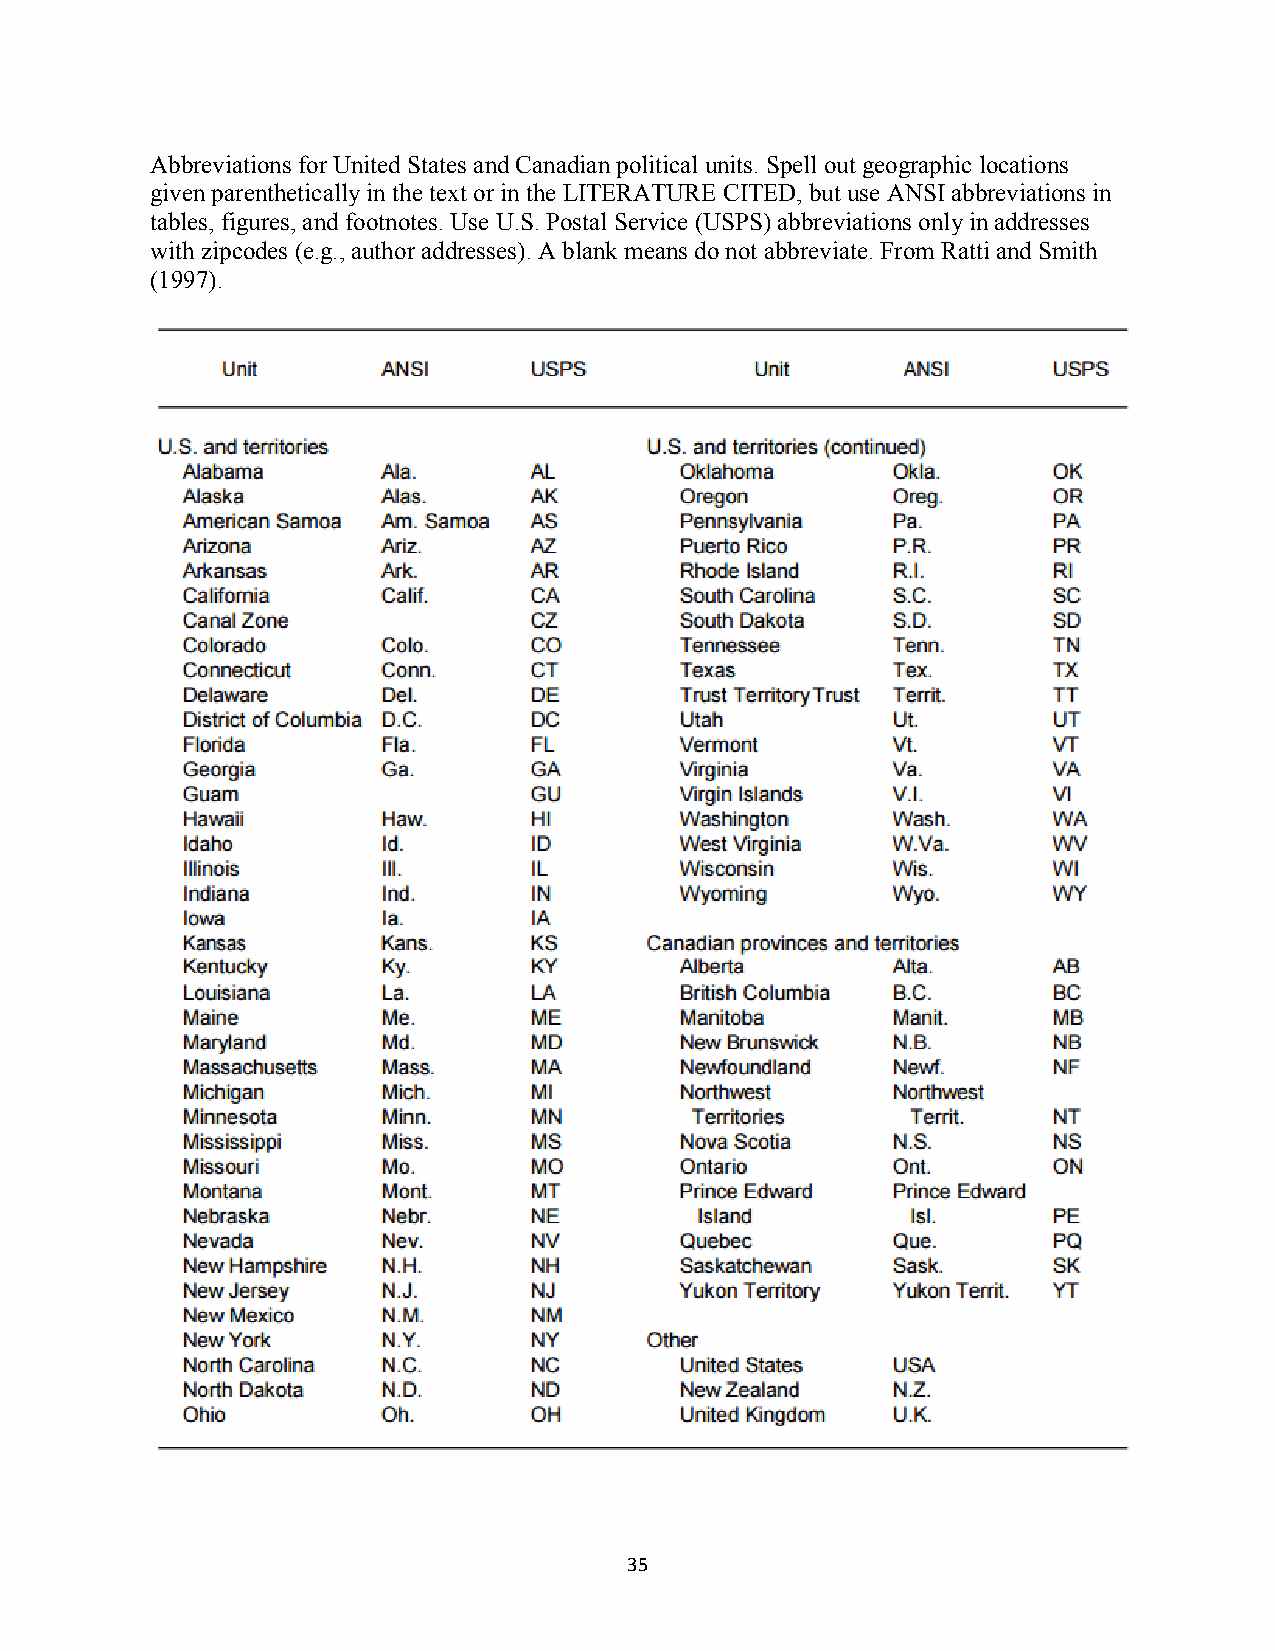
Abbreviations for United States and Canadian political units. Spell out geographic locations
 given parenthetically in the text or in the LITERATURE CITED, but use ANSI abbreviations in
 tables, figures, and footnotes. Use U.S. Postal Service (USPS) abbreviations only in addresses
 with zipcodes (e.g., author addresses). A blank means do not abbreviate. From Ratti and Smith
 (1997).
 35